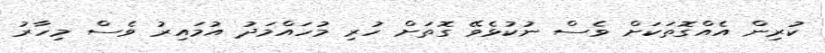
ކުރިން އެއްގޮތަކަށް ވެސް ނުކުޅެވޭ ގޮތަށް ހުރި މުހައްމަދު އުމައިރު ވެސް މިހާރު